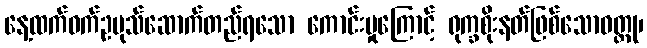
နေ့ထက်ဝက်ဥပုသ်ဆောက်တည်ရသော ကောင်းမှုကြောင့် ရုက္ခစိုးနတ်ဖြစ်သောဝတ္ထု၊